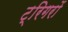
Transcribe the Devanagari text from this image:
ट्रिगरों